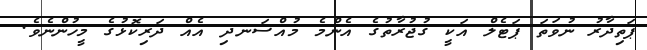
ޕަތިދާރު ނުވަތަ ޕަޓެލް އަކީ ގުޖުރާތުގެ އެންމެ މުއްސަނދި އެއް ދަރިކޮޅުގެ މީހުންނެވެ.